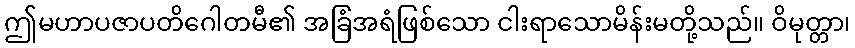
ဤမဟာပဇာပတိဂေါတမီ၏ အခြံအရံဖြစ်သော ငါးရာသောမိန်းမတို့သည်။ ဝိမုတ္တာ၊